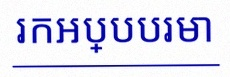
រកអប្បបរមា